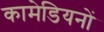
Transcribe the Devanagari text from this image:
कामेडियनों